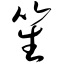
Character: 笙